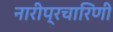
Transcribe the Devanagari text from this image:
नारीप्रचारिणी